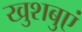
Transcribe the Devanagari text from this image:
खुशबुएं